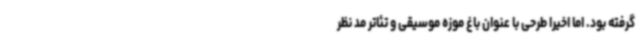
گرفته بود. اما اخیرا طرحی با عنوان باغ موزه موسیقی و تئاتر مد نظر